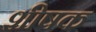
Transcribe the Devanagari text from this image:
शीषक